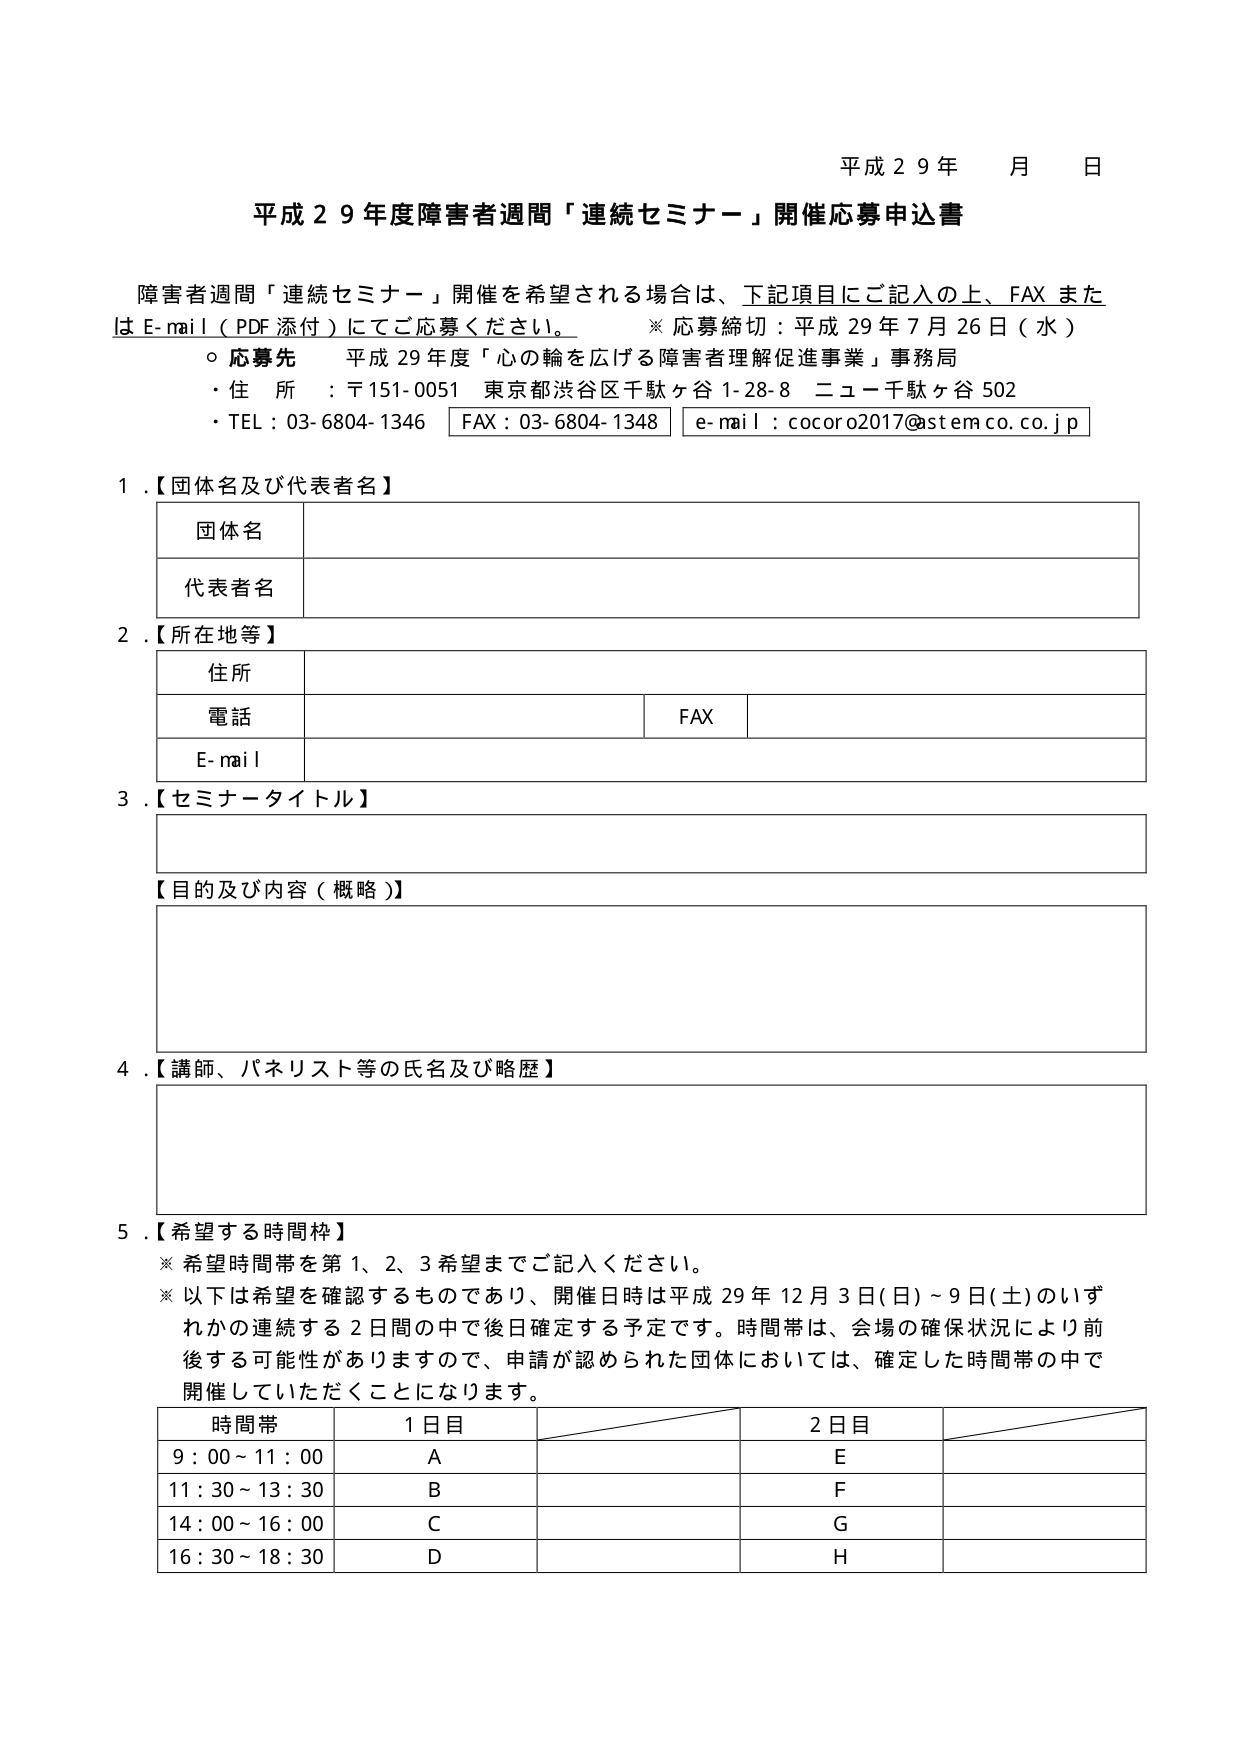
平成２９年　月　日

平成２９年度障害者週間「連続セミナー」開催応募申込書

障害者週間「連続セミナー」開催を希望される場合は、下記項目にご記入の上、FAX または E-mail（PDF 添付）にてご応募ください。　※応募締切：平成 29 年 7 月 26 日（水）

○ 応募先　平成 29 年度「心の輪を広げる障害者理解促進事業」事務局
・住所：〒151-0051 東京都渋谷区千駄ヶ谷 1-28-8 ニュー千駄ヶ谷 502
・TEL：03-6804-1346　FAX：03-6804-1348　e-mail：cocoro2017@stemco.co.jp

1.【団体名及び代表者名】
　団体名
　代表者名

2.【所在地等】
　住所
　電話　　　　　　　　　　　　　　　　　FAX
　E-mail

3.【セミナータイトル】

【目的及び内容（概略）】

4.【講師、パネリスト等の氏名及び略歴】

5.【希望する時間枠】
※希望時間帯を第1、2、3希望までご記入ください。
※以下は希望を確認するものであり、開催日時は平成29年12月3日(日)～9日(土)のいずれかの連続する2日間の中で後日確定する予定です。時間帯は、会場の確保状況により前後する可能性がありますので、申請が認められた団体においては、確定した時間帯の中で開催していただくことになります。

　時間帯　　1日目　　　　　　　　　　　2日目
　9：00～11：00　　A　　　　　　　　　　E
　11：30～13：30　　B　　　　　　　　　　F
　14：00～16：00　　C　　　　　　　　　　G
　16：30～18：30　　D　　　　　　　　　　H